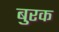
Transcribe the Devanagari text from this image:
बुरक